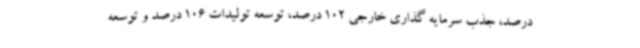
درصد، جذب سرمایه گذاری خارجی 102 درصد، توسعه تولیدات 106 درصد و توسعه